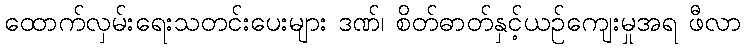
ထောက်လှမ်းရေးသတင်းပေးများ ဒဏ်၊ စိတ်ဓာတ်နှင့်ယဉ်ကျေးမှုအရ ဖီလာ